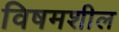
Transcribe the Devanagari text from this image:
विषमशील